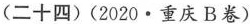
(二十四)(2020·重庆 B卷)